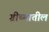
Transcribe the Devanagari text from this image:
ग्रीष्मातील